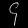
Digit: ၄